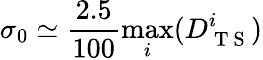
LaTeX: \sigma_{0}\simeq\frac{2.5}{100}\operatorname*{max}_{i}(D_{\mathrm{~T~S~}}^{i})